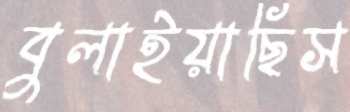
বুলাইয়াছিস